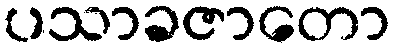
ပသာခဇာတော